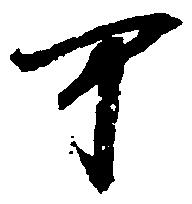
可